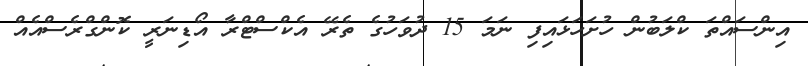
އިންސައްތަ ކްލަބުން ހުށަހަޅައިފި ނަމަ 15 ދުވަހުގެ ތެރޭ އެކްސްޓްރާ އޯޑިނަރީ ކޮންގްރެސްއެއް